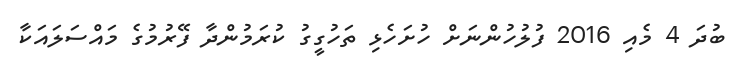
ބުދަ 4 މެއި 2016 ފުލުހުންނަށް ހުށަހެޅި ތަހުގީގު ކުރަމުންދާ ފޭރުމުގެ މައްސަލައަކާ